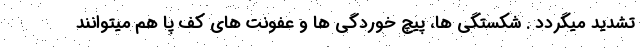
تشدید میگردد . شکستگی ها، پیچ خوردگی ها و عفونت های کف پا هم میتوانند